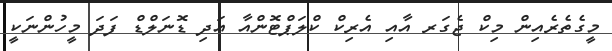
މީގެތެރެއިން މިކް ޖެގަރ އާއި އެރިކް ކްލަޕްޓޮންއާ އަދި ޑޮނަލްޑް ފަދަ މީހުންނަކީ